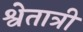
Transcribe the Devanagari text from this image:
श्वेतात्री